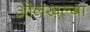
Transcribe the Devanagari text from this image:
ओलखल्या